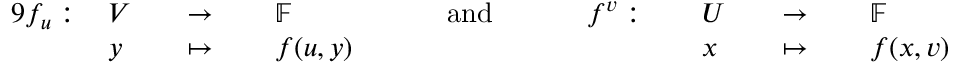
{ \begin{array} { r l r l r l r l r l r l r l r l } { { 9 } f _ { u } : \, } & { V } & & { \to \, } & & { \mathbb { F } } & & { \quad { \mathrm { ~ a n d ~ } } \quad } & & { f ^ { v } : \, } & & { U } & & { \to \, } & & { \mathbb { F } } \\ & { y } & & { \mapsto \, } & & { f ( u , y ) } & & { } & & { } & & { x } & & { \mapsto \, } & & { f ( x , v ) } \end{array} }